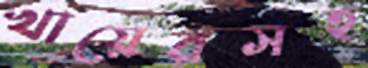
খায়েরসহ